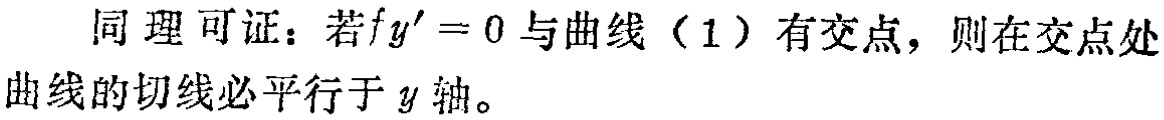
同理可证：若\(f_y' = 0\)与曲线（1）有交点，则在交点处曲线的切线必平行于\(y\)轴。